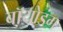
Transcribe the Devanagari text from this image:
बॉयोडंग